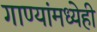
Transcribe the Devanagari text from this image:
गाण्यांमध्येही